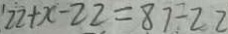
2 2 + x - 2 2 = 8 7 \div 2 2